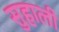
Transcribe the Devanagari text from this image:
सुहाली